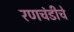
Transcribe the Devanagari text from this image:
रणचंडीचे